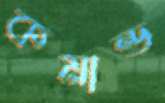
কমান্ড